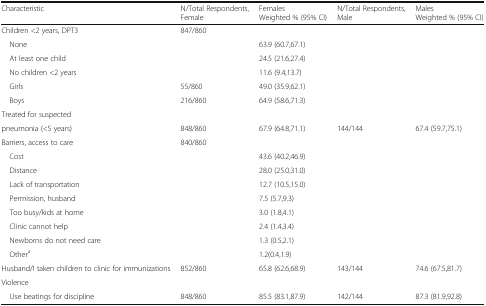
<table><thead><tr><td><b>Characteristic</b></td><td><b>N/Total Respondents, Female</b></td><td><b>FemalesWeighted % (95% CI)</b></td><td><b>N/Total Respondents, Male</b></td><td><b>MalesWeighted % (95% CI)</b></td></tr></thead><tbody><tr><td>Children &lt;2 years, DPT3</td><td>847/860</td><td></td><td></td><td></td></tr><tr><td> None</td><td></td><td>63.9 (60.7,67.1)</td><td></td><td></td></tr><tr><td> At least one child</td><td></td><td>24.5 (21.6,27.4)</td><td></td><td></td></tr><tr><td> No children &lt;2 years</td><td></td><td>11.6 (9.4,13.7)</td><td></td><td></td></tr><tr><td> Girls</td><td>55/860</td><td>49.0 (35.9,62.1)</td><td></td><td></td></tr><tr><td> Boys</td><td>216/860</td><td>64.9 (58.6,71.3)</td><td></td><td></td></tr><tr><td>Treated for suspected</td><td></td><td></td><td></td><td></td></tr><tr><td>pneumonia (&lt;5 years)</td><td>848/860</td><td>67.9 (64.8,71.1)</td><td>144/144</td><td>67.4 (59.7,75.1)</td></tr><tr><td>Barriers, access to care</td><td>840/860</td><td></td><td></td><td></td></tr><tr><td> Cost</td><td></td><td>43.6 (40.2,46.9)</td><td></td><td></td></tr><tr><td> Distance</td><td></td><td>28.0 (25.0,31.0)</td><td></td><td></td></tr><tr><td> Lack of transportation</td><td></td><td>12.7 (10.5,15.0)</td><td></td><td></td></tr><tr><td> Permission, husband</td><td></td><td>7.5 (5.7,9.3)</td><td></td><td></td></tr><tr><td> Too busy/kids at home</td><td></td><td>3.0 (1.8,4.1)</td><td></td><td></td></tr><tr><td> Clinic cannot help</td><td></td><td>2.4 (1.4,3.4)</td><td></td><td></td></tr><tr><td> Newborns do not need care</td><td></td><td>1.3 (0.5,2.1)</td><td></td><td></td></tr><tr><td> Other<sup>a</sup></td><td></td><td>1.2(0.4,1.9)</td><td></td><td></td></tr><tr><td>Husband/I taken children to clinic for immunizations</td><td>852/860</td><td>65.8 (62.6,68.9)</td><td>143/144</td><td>74.6 (67.5,81.7)</td></tr><tr><td colspan="5">Violence</td></tr><tr><td> Use beatings for discipline</td><td>848/860</td><td>85.5 (83.1,87.9)</td><td>142/144</td><td>87.3 (81.9,92.8)</td></tr></tbody></table>